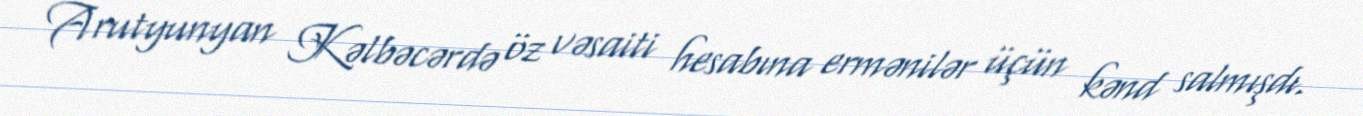
Arutyunyan Kəlbəcərdə öz vəsaiti hesabına ermənilər üçün kənd salmışdı.